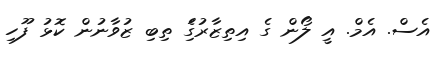
އެސް. އެމް. އީ ލޯން ގެ އިތިޒާރުގަެި ތިބި ޒުވާނުން ކޮޅު ފޫހި